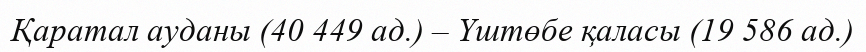
Қаратал ауданы (40 449 ад.) – Үштөбе қаласы (19 586 ад.)